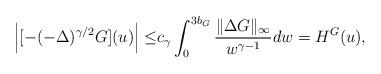
LaTeX: \begin{align*} \Big| [-(- \Delta)^{\gamma/2} G ] (u )\Big | \leq& c_{\gamma} \int_{0}^{3b_G} \frac{ \| \Delta G \|_{\infty} }{ w^{\gamma-1}} dw = H^G(u),\end{align*}